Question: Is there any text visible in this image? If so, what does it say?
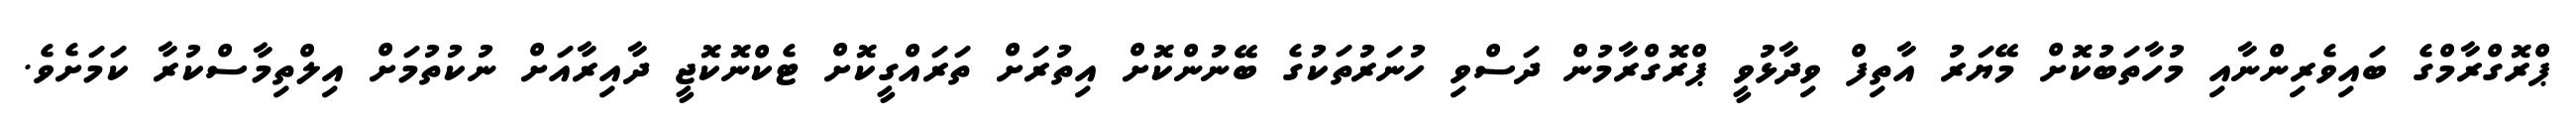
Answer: ޕްރޮގްރާމްގެ ބައިވެރިންނާއި މުހާތަބުކޮށް މޭޔަރު އާތިފް ވިދާޅުވީ ޕްރޮގްރާމުން ދަސްވި ހުނަރުތަކުގެ ބޭނުންކޮށް އިތުރަށް ތަރައްގީކޮށް ޓެކްނޮކޮޖީ ދާއިރާއަށް ނުކުތުމަށް އިލްތިމާސްކުރާ ކަމަށެވެ.